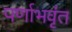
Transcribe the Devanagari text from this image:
पर्णाभवृंत